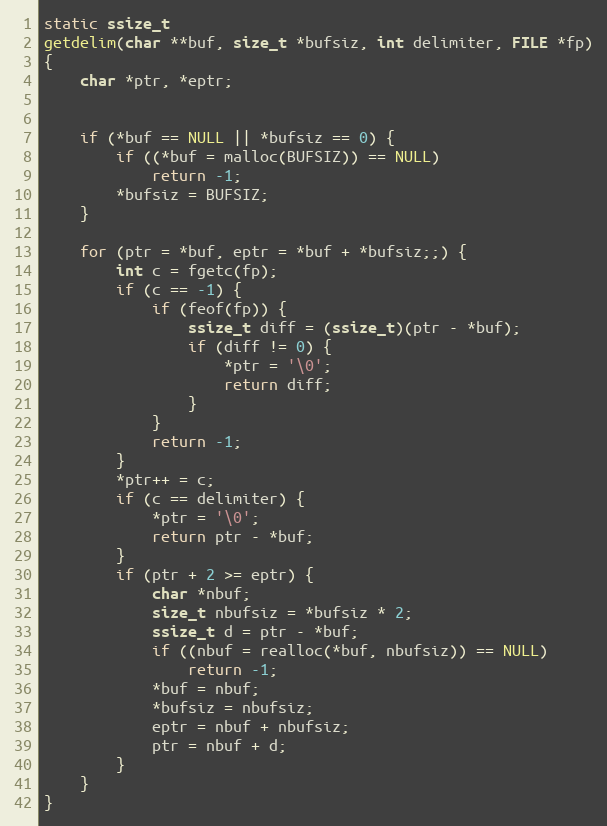
Language: C
static ssize_t
getdelim(char **buf, size_t *bufsiz, int delimiter, FILE *fp)
{
	char *ptr, *eptr;

	if (*buf == NULL || *bufsiz == 0) {
		if ((*buf = malloc(BUFSIZ)) == NULL)
			return -1;
		*bufsiz = BUFSIZ;
	}

	for (ptr = *buf, eptr = *buf + *bufsiz;;) {
		int c = fgetc(fp);
		if (c == -1) {
			if (feof(fp)) {
				ssize_t diff = (ssize_t)(ptr - *buf);
				if (diff != 0) {
					*ptr = '\0';
					return diff;
				}
			}
			return -1;
		}
		*ptr++ = c;
		if (c == delimiter) {
			*ptr = '\0';
			return ptr - *buf;
		}
		if (ptr + 2 >= eptr) {
			char *nbuf;
			size_t nbufsiz = *bufsiz * 2;
			ssize_t d = ptr - *buf;
			if ((nbuf = realloc(*buf, nbufsiz)) == NULL)
				return -1;
			*buf = nbuf;
			*bufsiz = nbufsiz;
			eptr = nbuf + nbufsiz;
			ptr = nbuf + d;
		}
	}
}